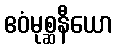
ဧဝံမုစ္ဆနီယော